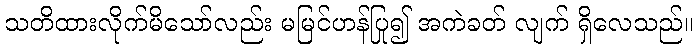
သတိထားလိုက်မိသော်လည်း မမြင်ဟန်ပြု၍ အကဲခတ် လျက် ရှိလေသည်။